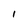
Character: I